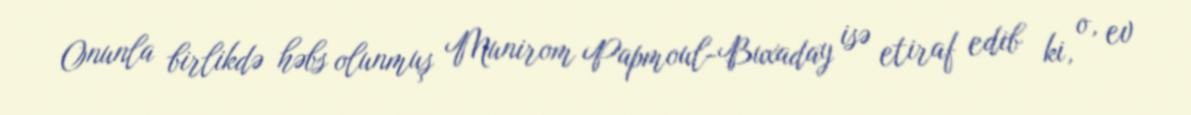
Onunla birlikdə həbs olunmuş Munirom Papmoul-Buxaday isə etiraf edib ki, o, ev